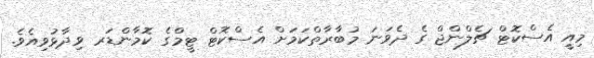
މިއީ އެސްކޮޓް ޗެލްންޖް ގެ ދެވަނަ މުބާރާތްކަމަށް އެސްކޮޓް ޓީމްގެ ކޮމާންޑަރ ވިދާޅުވިއެވެ.